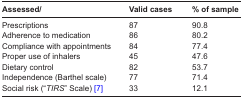
| Assessed/ | Valid cases | % of sample |
 | --- | --- | --- |
 | Prescriptions | 87 | 90.8 |
 | Adherence to medication | 86 | 80.2 |
 | Compliance with appointments | 84 | 77.4 |
 | Proper use of inhalers | 45 | 47.6 |
 | Dietary control | 82 | 53.7 |
 | Independence (Barthel scale) | 77 | 71.4 |
 | Social risk (“TIRS” Scale) [7] | 33 | 12.1 |